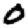
Digit: 0